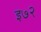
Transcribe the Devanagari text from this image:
इ७२